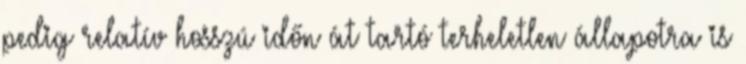
pedig relatív hosszú időn át tartó terheletlen állapotra is